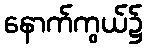
နောက်ကွယ်၌